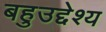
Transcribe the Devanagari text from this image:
बहुउद्देश्य